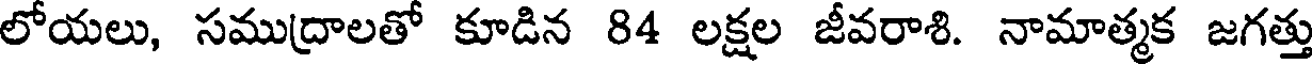
లోయలు, సముద్రాలతో కూడిన 84 లక్షల జీవరాశి. నామాత్మక జగత్తు